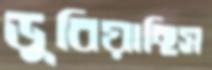
ডুবিয়াছিস